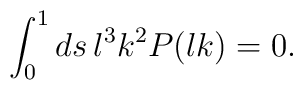
\int_0^1ds\,\l^3k^2P(\l k)=0.